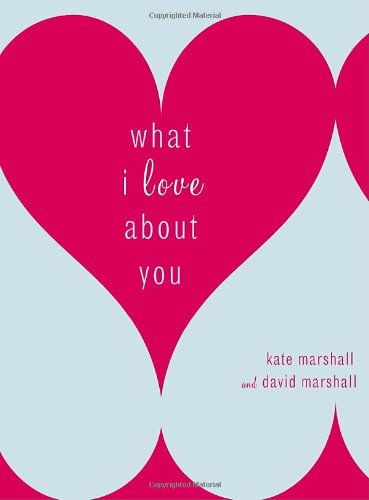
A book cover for What I Love About You; Kate Marshall; Crafts, Hobbies & Home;